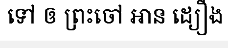
ទៅ ឲ ព្រះចៅ អាន ដ្យឿង